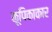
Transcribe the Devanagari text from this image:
कूपिकाकार